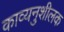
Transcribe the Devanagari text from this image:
काव्यनुशीलक